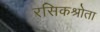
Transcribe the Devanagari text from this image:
रसिकश्रोता